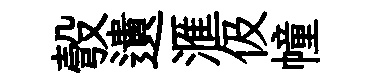
彀遺滙伋幢